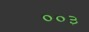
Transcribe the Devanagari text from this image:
००३